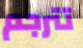
تترجم